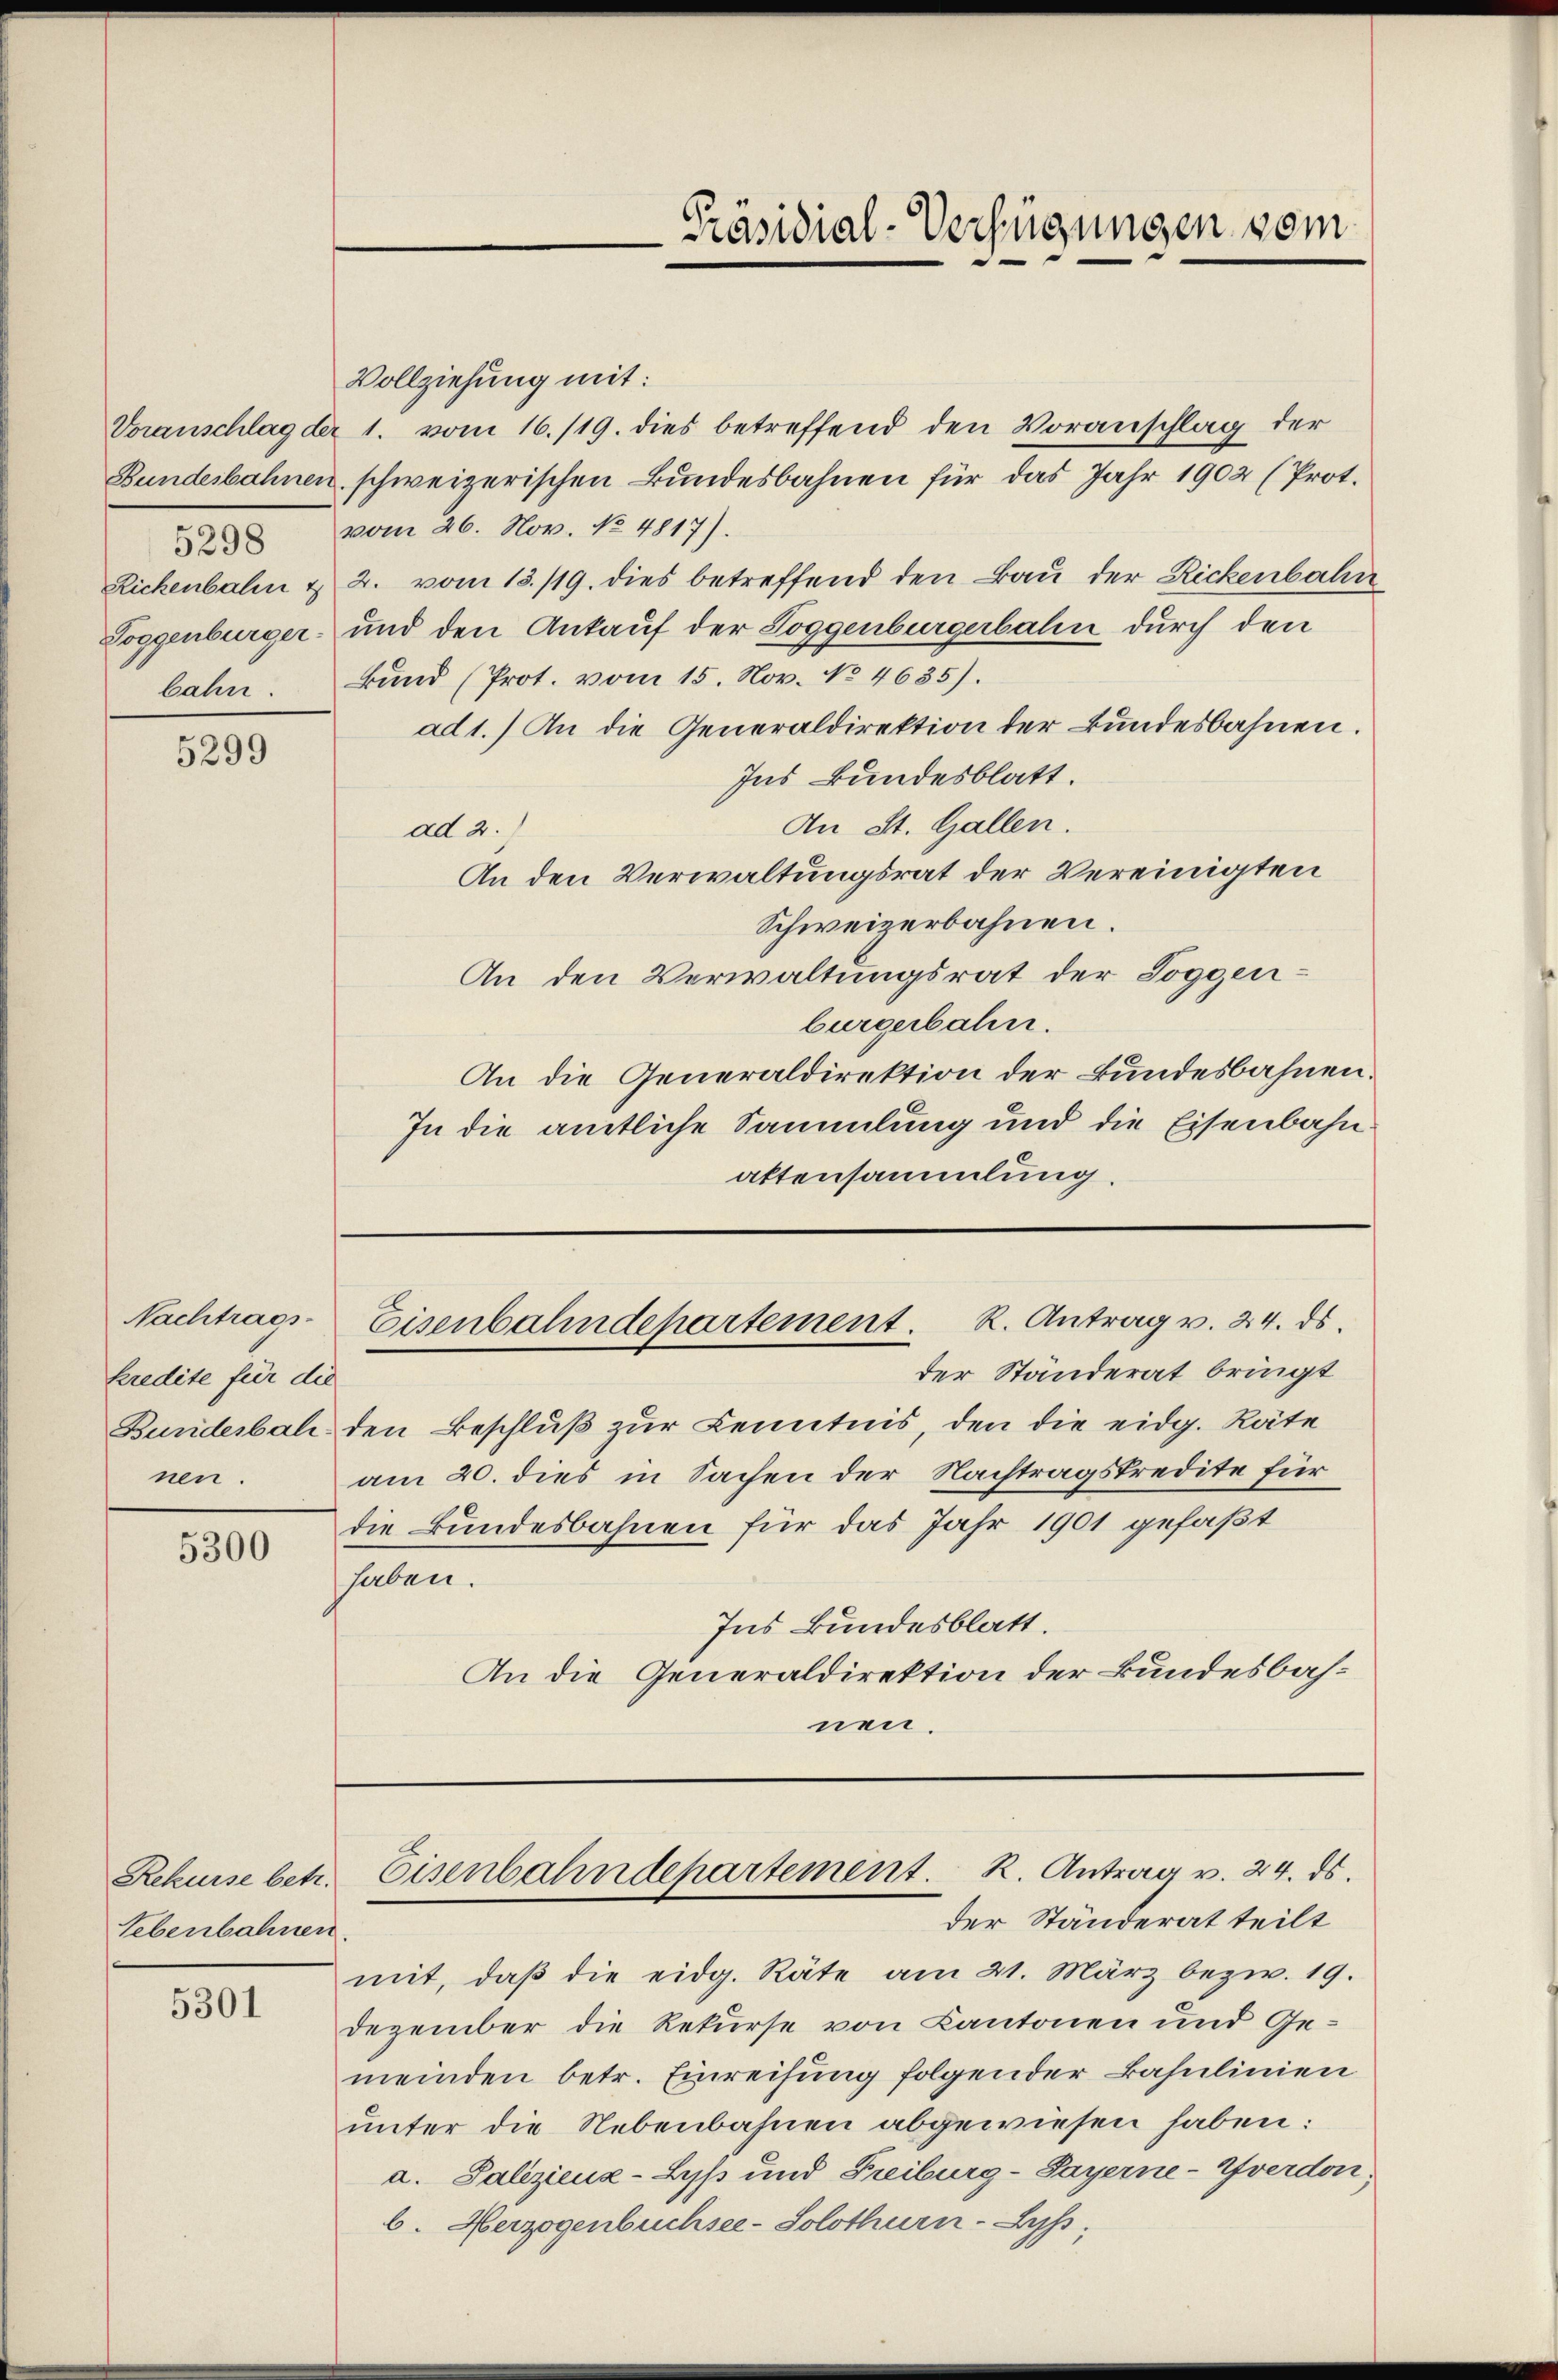
Rickenbahn &
Toggenburger.

5299

Nachtrags-
kredite für die
nen.

5300

Rekurse betr.
Lebenbahnen.

5301

Vollziehung mit:

Präsidial-Verfügungen vom

Voranschlag der 1. vom 16./19. dies betreffend den Voranschlag der
Bundesbahnen schweizerischen Bundesbahnen für das Jahr 1902 (Prot.
8 vom 26. Nov. No. 4817).
2. vom 13./19. dies betreffend den Bau der Rickenbahn
und den Ankauf der Toggenburgerbahn durch den
bahn. Bund (Prot. vom 15. Nov. No 4635).
ad 1.) An die Generaldirektion der Bundesbahnen.
Ins Bundesblatt.
An St. Gallen.
ad 2.
An den Verwaltungsrat der Vereinigten
Schweizerbahnen.
An den Verwaltungsrat der Toggenburgerbahn.
An die Generaldirektion der Bundesbahnen.
In die amtliche Sammlung und die Eisenbahnattensammlung.

der Ständerat bringt
Bundesbach den Beschluß zur Kenntnis, den die eidg. Räte
am 20. dies in Sachen der Nachtragskredite für
die Bundesbahnen für das Jahr 1901 gefaßt
haben.
Ins kundesblatt.
An die Generaldirektion der Bundesbahnen.

Eisenbahndepartement. R. Antrag v. 24. ds.

Eisenbahndepartement. R. Antrag v. 24. ds.
der Ständerat teilt

mit, daβ die eidg. Räte am 21. März bezw. 19.
Dezember die Rekurse von Kantonen und Gemeinden betr. Einreifung folgender Basulinien
unter die Nebenbahnen abgewiesen haben:
a. Palizienz-Lyß und Freiburg - Payerne-Yverdon,
6. Herzogenbuchsee-Solothurn-Lyp;